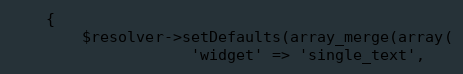
Language: PHP
    {
        $resolver->setDefaults(array_merge(array(
                    'widget' => 'single_text',